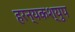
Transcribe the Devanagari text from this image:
हरन्यकश्युप